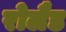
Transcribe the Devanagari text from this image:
रोलैड